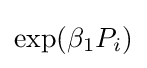
\exp(\beta _{1}P_{i})